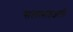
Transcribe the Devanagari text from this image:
सलामतअली